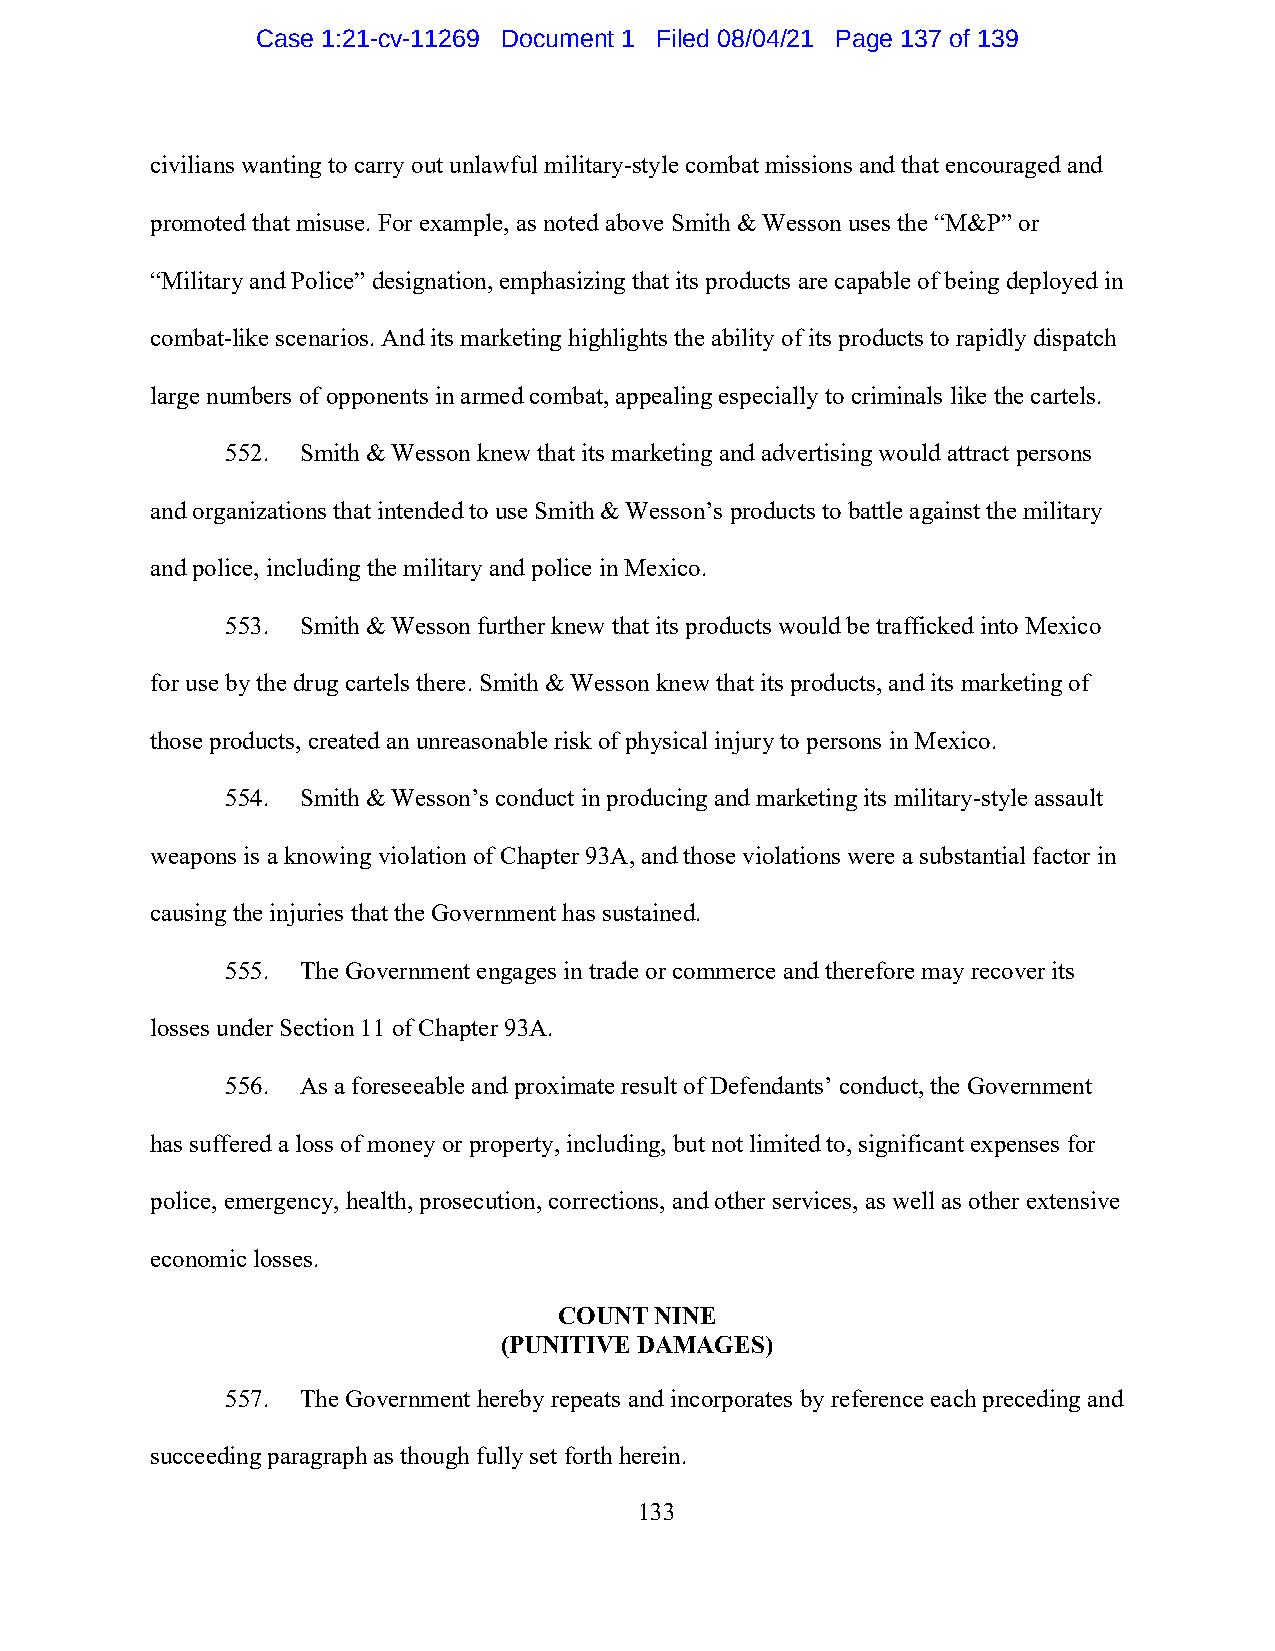
Case 1:21-cv-11269 Document 1 Filed 08/04/21 Page 137 of 139
 civilians wanting to carry out unlawful military-style combat missions and that encouraged and
 promoted that misuse. For example, as noted above Smith & Wesson uses the “M&P” or
 “Military and Police” designation, emphasizing that its products are capable of being deployed in
 combat-like scenarios. And its marketing highlights the ability of its products to rapidly dispatch
 large numbers of opponents in armed combat, appealing especially to criminals like the cartels.
 552. Smith & Wesson knew that its marketing and advertising would attract persons
 and organizations that intended to use Smith & Wesson’s products to battle against the military
 and police, including the military and police in Mexico.
 553. Smith & Wesson further knew that its products would be trafficked into Mexico
 for use by the drug cartels there. Smith & Wesson knew that its products, and its marketing of
 those products, created an unreasonable risk of physical injury to persons in Mexico.
 554. Smith & Wesson’s conduct in producing and marketing its military-style assault
 weapons is a knowing violation of Chapter 93A, and those violations were a substantial factor in
 causing the injuries that the Government has sustained.
 555. The Government engages in trade or commerce and therefore may recover its
 losses under Section 11 of Chapter 93A.
 556. As a foreseeable and proximate result of Defendants’ conduct, the Government
 has suffered a loss of money or property, including, but not limited to, significant expenses for
 police, emergency, health, prosecution, corrections, and other services, as well as other extensive
 economic losses.
 COUNT NINE
 (PUNITIVE DAMAGES)
 557. The Government hereby repeats and incorporates by reference each preceding and
 succeeding paragraph as though fully set forth herein.
 133